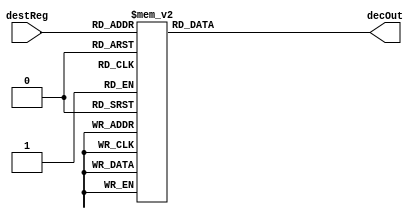
module decoder4to16( input [3:0] destReg, output reg [15:0] decOut);
	always@(destReg)
	case(destReg)
			4'b0000: decOut=16'b0000000000000001;
			4'b0001: decOut=16'b0000000000000010;
			4'b0010: decOut=16'b0000000000000100;
			4'b0011: decOut=16'b0000000000001000;
			4'b0100: decOut=16'b0000000000010000;
			4'b0101: decOut=16'b0000000000100000;
			4'b0110: decOut=16'b0000000001000000;
			4'b0111: decOut=16'b0000000010000000;
			4'b1000: decOut=16'b0000000100000000;
			4'b1001: decOut=16'b0000001000000000;
			4'b1010: decOut=16'b0000010000000000;
			4'b1011: decOut=16'b0000100000000000;
			4'b1100: decOut=16'b0001000000000000;
			4'b1101: decOut=16'b0010000000000000;
			4'b1110: decOut=16'b0100000000000000;
			4'b1111: decOut=16'b1000000000000000;
	endcase
endmodule